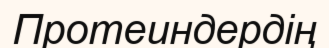
Протеиндердің